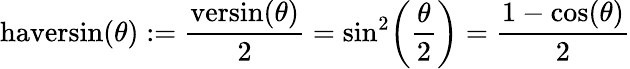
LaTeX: {\textrm{haversin}}(\theta):={\frac{{\textrm{versin}}(\theta)}{2}}=\sin^{2}\! \left({\frac{\theta}{2}}\right)={\frac{1-\cos(\theta)}{2}}